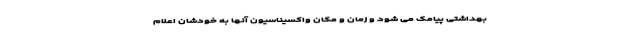
بهداشتی پیامک می شود و زمان و مکان واکسیناسیون آنها به خودشان اعلام